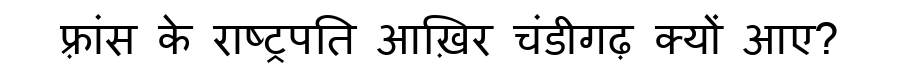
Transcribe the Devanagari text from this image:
फ़्रांस के राष्ट्रपति आख़िर चंडीगढ़ क्यों आए?